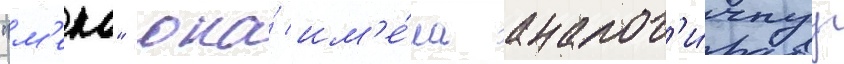
"м'еко" она́ им'е́ла аналог'и́чнуу